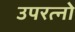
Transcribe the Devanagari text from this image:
उपरत्नो